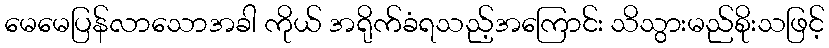
မေမေပြန်လာသောအခါ ကိုယ် အရိုက်ခံရသည့်အကြောင်း သိသွားမည်စိုးသဖြင့်